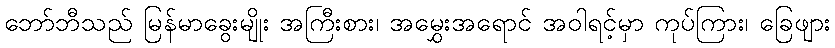
ဘော်ဘီသည် မြန်မာခွေးမျိုး အကြီးစား၊ အမွှေးအရောင် အဝါရင့်မှာ ကုပ်ကြား၊ ခြေဖျား